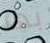
بها